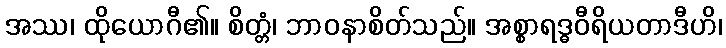
အဿ၊ ထိုယောဂီ၏။ စိတ္တံ၊ ဘာဝနာစိတ်သည်။ အစ္စာရဒ္ဓဝီရိယတာဒီဟိ၊